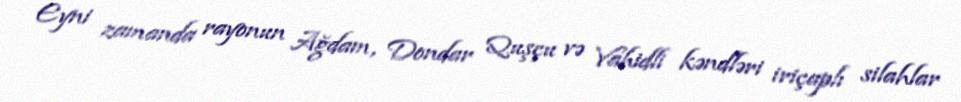
Eyni zamanda rayonun Ağdam, Dondar Quşçu və Vahidli kəndləri iriçaplı silahlar